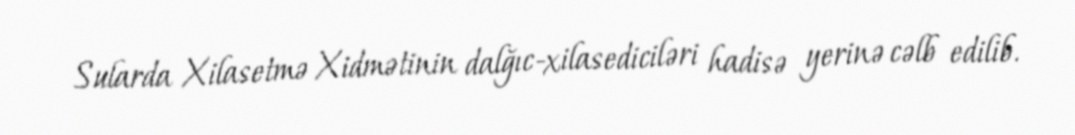
Sularda Xilasetmə Xidmətinin dalğıc-xilasediciləri hadisə yerinə cəlb edilib.